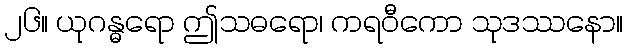
၂၆။ ယုဂန္ဓရော ဤသဓရော၊ ကရဝီကော သုဒဿနော။